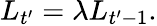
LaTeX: L_{t^{\prime}}=\lambda L_{t^{\prime}-1}.